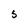
Character: 5